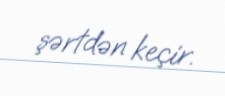
şərtdən keçir.